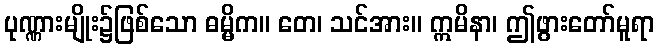
ပုဏ္ဏားမျိုး၌ဖြစ်သော ဓမ္မိက။ တေ၊ သင်အား။ ဣမိနာ၊ ဤဖွားတော်မူရာ